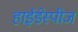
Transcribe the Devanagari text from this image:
हाईडेस्पीज